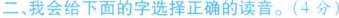
二、我会给下面的字选择正确的读音。(4分)